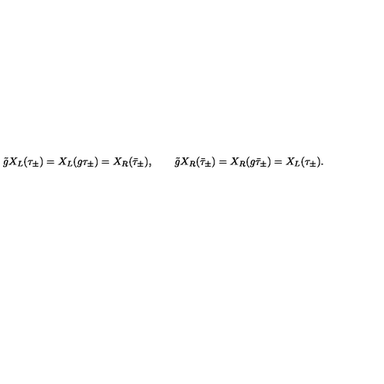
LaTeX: \tilde { g } X _ { L } ( \tau _ { \pm } ) = X _ { L } ( g \tau _ { \pm } ) = X _ { R } ( \bar { \tau } _ { \pm } ) , \qquad \tilde { g } X _ { R } ( \bar { \tau } _ { \pm } ) = X _ { R } ( g \bar { \tau } _ { \pm } ) = X _ { L } ( \tau _ { \pm } ) .